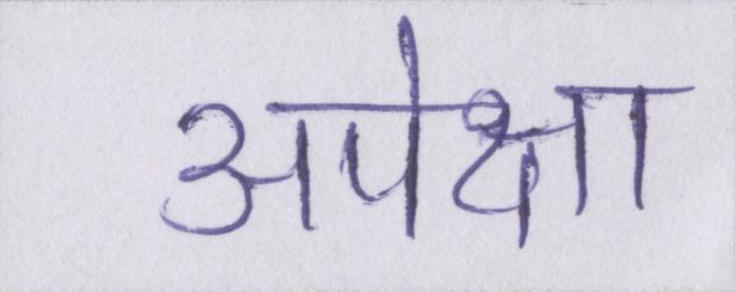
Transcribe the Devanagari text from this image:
अपेक्षा